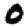
Digit: 0